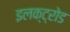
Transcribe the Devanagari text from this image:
इलक्ट्रोड